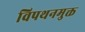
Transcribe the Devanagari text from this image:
विपथनमुक्त